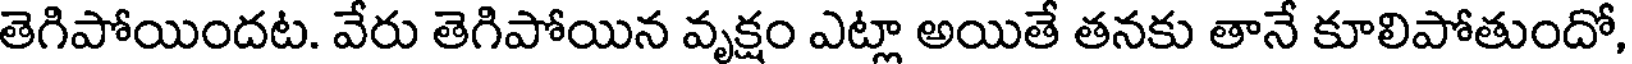
తెగిపోయిందట. వేరు తెగిపోయిన వృక్షం ఎట్లా అయితే తనకు తానే కూలిపోతుందో